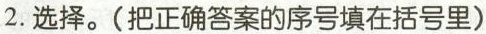
2.选择。(把正确答案的序号填在括号里)